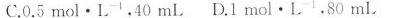
C.0.5mol · L^{-1}，40mL D.1 mol · L^{-1}，80mL